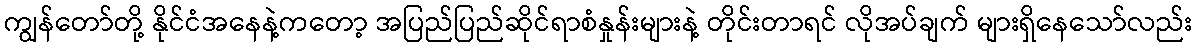
ကျွန်တော်တို့ နိုင်ငံအနေနဲ့ကတော့ အပြည်ပြည်ဆိုင်ရာစံနှုန်းများနဲ့ တိုင်းတာရင် လိုအပ်ချက် များရှိနေသော်လည်း